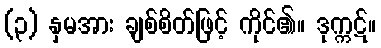
(၃) နှမအား ချစ်စိတ်ဖြင့် ကိုင်၏။ ဒုက္ကဋ်။